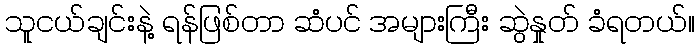
သူငယ်ချင်းနဲ့ ရန်ဖြစ်တာ ဆံပင် အများကြီး ဆွဲနှုတ် ခံရတယ်။